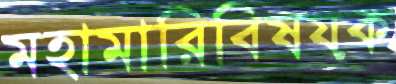
মহামারিবিষয়ক